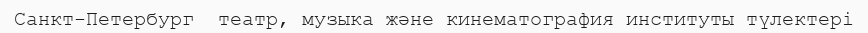
Санкт-Петербург  театр, музыка және кинематография институты түлектері